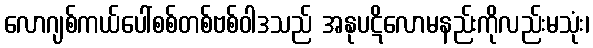
လောဂျစ်ကယ်ပေါ်စစ်တစ်ဗစ်ဝါဒသည် အနုပဋိလောမနည်းကိုလည်းမသုံး၊